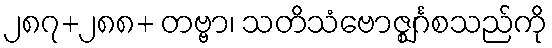
၂၈၇+၂၈၈+ တဗ္ဗာ၊ သတိသံဗောဇ္ဈင်္ဂစသည်ကို